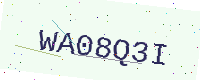
Text: WA08Q3I